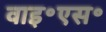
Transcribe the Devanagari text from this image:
वाइ॰एस॰